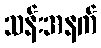
သန်းအနက်